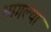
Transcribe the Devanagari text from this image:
भागल्या